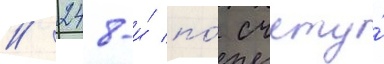
/ 248-и́ по́ счету́